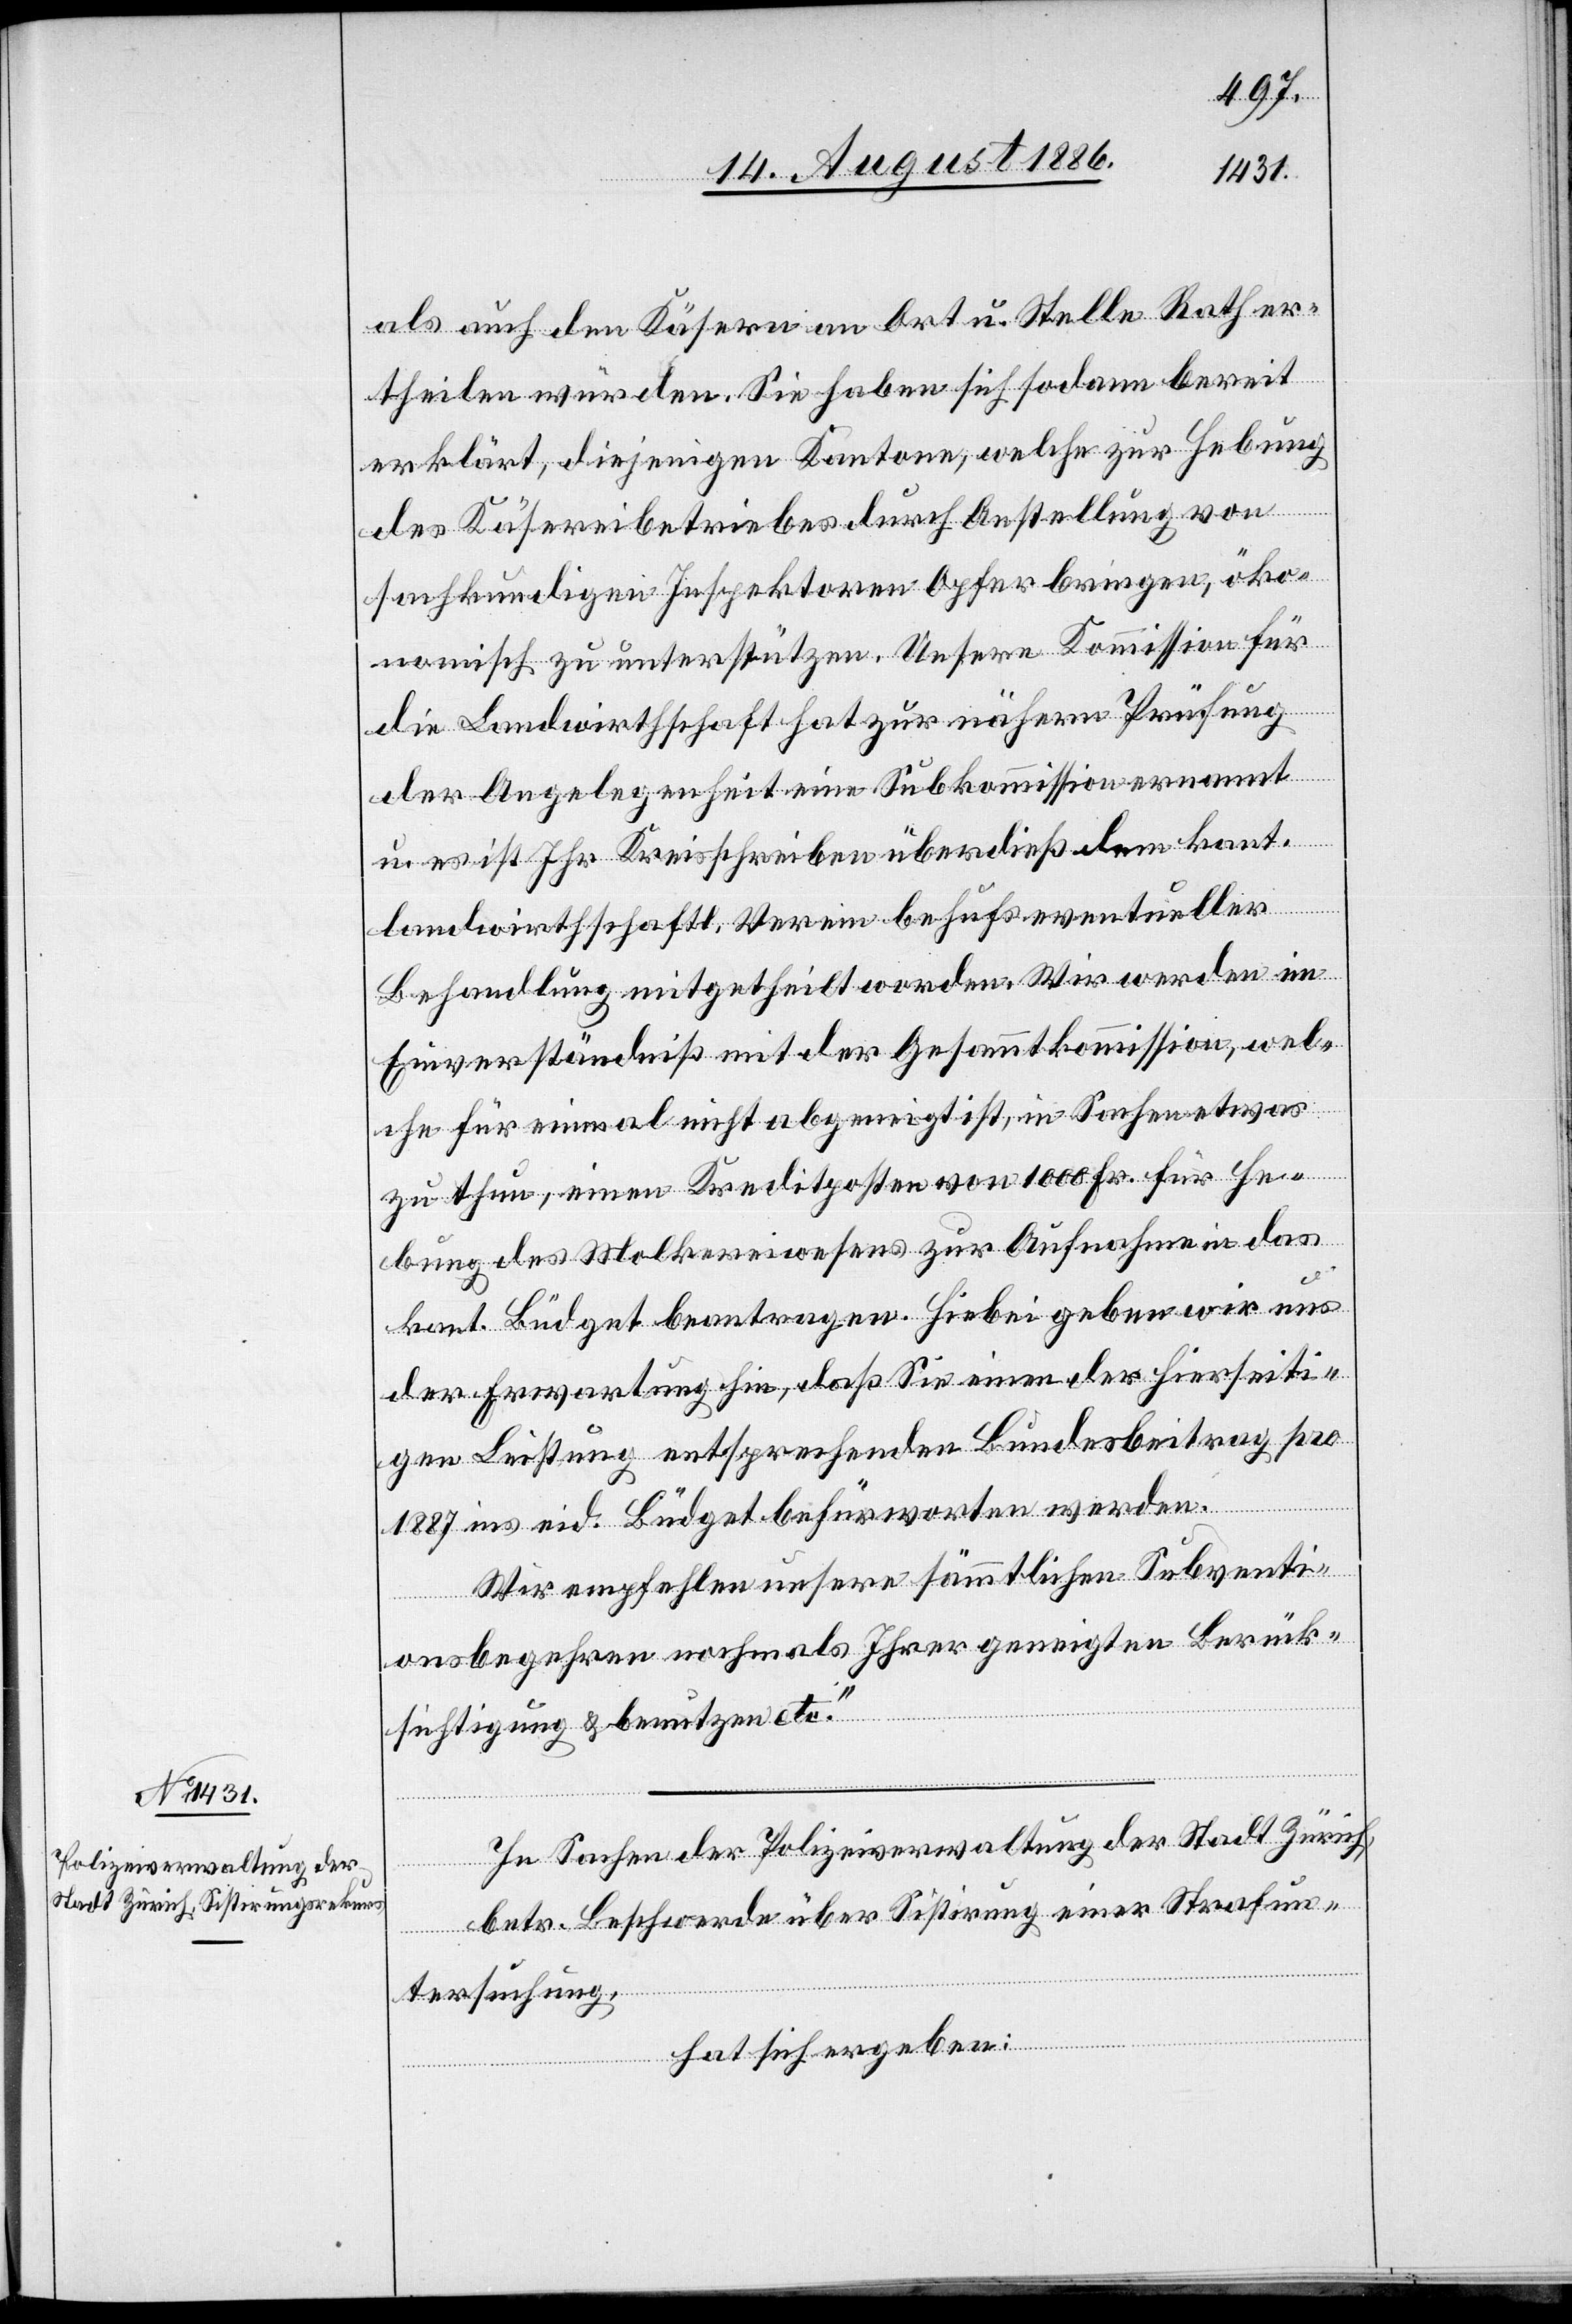
als auch den Käsereien an Ort u. Stelle Rath er¬
theilen würden. Sie haben sich sodann bereit
erklärt, diejenigen Kantone, welche zur Hebung
des Käsereibetriebes durch Anstellung von
sachkundigen Inspektoren Opfer bringen, öko¬
nomisch zu unterstützen. Unsere Kommission für
die Landwirthschaft hat zur nähern Prüfung
der Angelegenheit eine Subkommission ernannt
u. es ist Ihr Kreisschreiben überdieß dem kant.
landwirthschaftl. Verein behufs eventueller
Behandlung mitgetheilt worden. Wir werden im
Einverständniß mit der Gesammtkommission, wel¬
che für einmal nicht abgeneigt ist, in Sachen etwas
zu thun, einen Kreditposten von 1000 Fr. für He¬
bung des Molkereiwesens zur Aufnahme in das
kant. Büdget beantragen. Hiebei geben wir uns
der Erwartung hin, daß Sie einen der hierseiti¬
gen Leistung entsprechenden Bundesbeitrag pro
1887 ins eid. Büdget befürworten werden.
Wir empfehlen unsere sämmtlichen Subventi¬
onsbegehren nochmals Ihrer geneigten Berück¬
sichtigung & benutzen etc.“
In Sachen der Polizeiverwaltung der Stadt Zürich,
betr. Beschwerde über Sistirung einer Strafun¬
tersuchung,
hat sich ergeben: